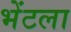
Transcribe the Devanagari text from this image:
भेंटला